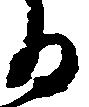
る